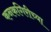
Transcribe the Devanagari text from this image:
कनकगिरीच्या